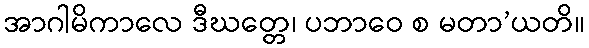
အာဂါမိကာလေ ဒီဃတ္တေ၊ ပဘာဝေ စ မတာ’ယတိ။